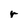
Character: r